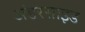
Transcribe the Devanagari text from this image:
अंडरसाइड